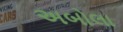
અબોલા